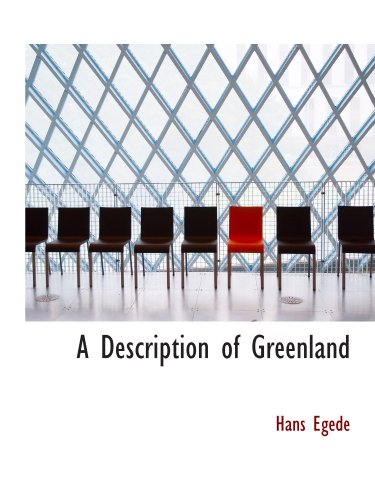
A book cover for A Description of Greenland; Hans Egede; History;